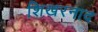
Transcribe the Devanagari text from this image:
शिखरनाद